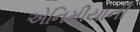
એનિમીયાની